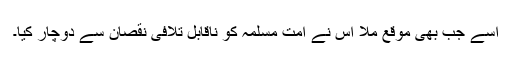
اسے جب بھی موقع ملا اس نے امت مسلمہ کو ناقابل تلافی نقصان سے دوچار کیا۔